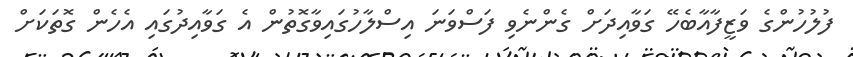
ފުލުހުންގެ ވަޒީފާއާބެހޭ ގަވާއިދަށް ގެންނެވި ފަސްވަނަ އިސްލާހުގައިވާގޮތުން އެ ގަވާއިދުގައި އެހެން ގޮތަކަށް